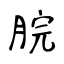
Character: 脘